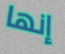
إنها